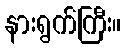
နားရွက်ကြီး။